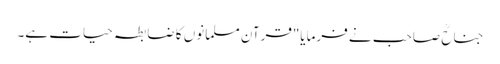
جناحؒ صاحب نے فرمایا"قرآن مسلمانوں کا ضابطہ حیات ہے۔